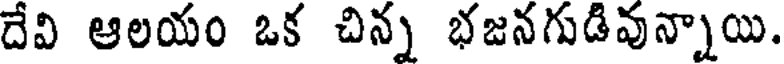
దేవి ఆలయం ఒక చిన్న భజనగుడివున్నాయి.